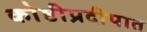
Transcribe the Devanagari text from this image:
कोष्ठीप्रदीपात